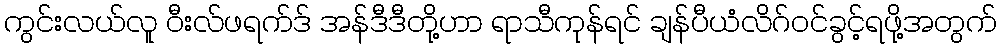
ကွင်းလယ်လူ ဝီးလ်ဖရက်ဒ် အန်ဒီဒီတို့ဟာ ရာသီကုန်ရင် ချန်ပီယံလိဂ်ဝင်ခွင့်ရဖို့အတွက်